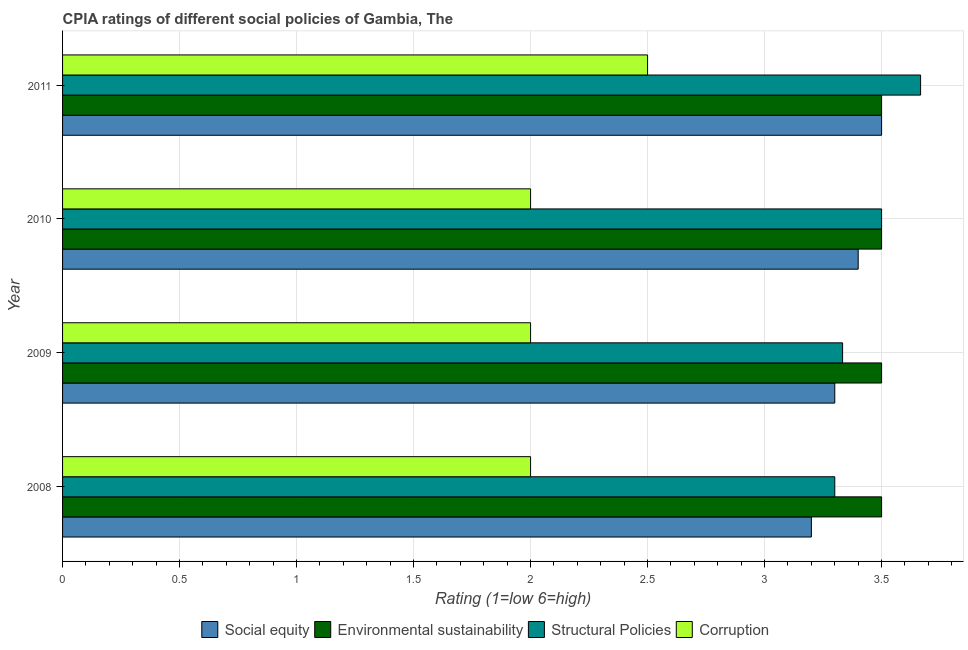
| Year | Social equity | Environmental sustainability | Structural Policies | Corruption |
 | --- | --- | --- | --- | --- |
 | 2008 | 3.2 | 3.5 | 3.3 | 2 |
 | 2009 | 3.3 | 3.5 | 3.33 | 2 |
 | 2010 | 3.4 | 3.5 | 3.5 | 2 |
 | 2011 | 3.5 | 3.5 | 3.67 | 2.5 |